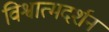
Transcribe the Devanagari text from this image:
विश्वात्मदर्शन